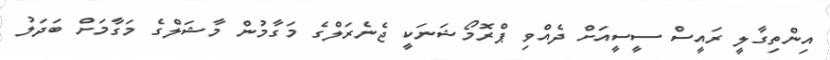
އިންތިގާލީ ރައީސް ސީސީއަށް ދެއްވި ޕްރޮމޯޝަނަކީ ޖެނެރަލްގެ މަގާމުން މާޝަލްގެ މަގާމަށް ބަދަލު